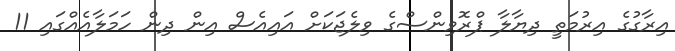
އިރާގުގެ އިރުމަތީ ދިޔާލާ ޕްރޮވިންސްގެ ވިލެޖަކަށް އައިއެސް އިން ދިން ހަމަލާއެއްގައި 11